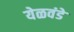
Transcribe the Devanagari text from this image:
येळवंडे